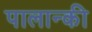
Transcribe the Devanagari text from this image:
पालान्की